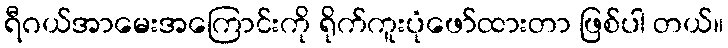
ရီဂယ်အာမေးအကြောင်းကို ရိုက်ကူးပုံဖော်ထားတာ ဖြစ်ပါ တယ်။